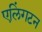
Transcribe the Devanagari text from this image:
एलिंगटन